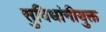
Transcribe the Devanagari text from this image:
सुविधांनीयुक्त